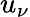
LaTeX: u_{\nu}